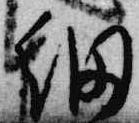
細